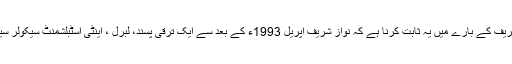
مقصد نواز شریف کے بارے میں یہ ثابت کرنا ہے کہ نواز شریف اپریل 1993ء کے بعد سے ایک ترقی پسند، لبرل ، اینٹی اسٹبلشمنٹ سیکولر سیاست دان ہیں۔